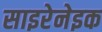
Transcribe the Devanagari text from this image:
साइरेनेइक